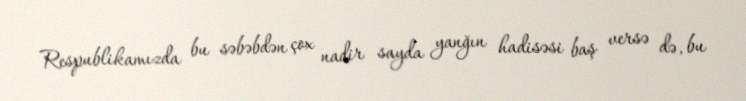
Respublikamızda bu səbəbdən çox nadir sayda yanğın hadisəsi baş versə də, bu